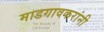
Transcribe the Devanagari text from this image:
माडगावकरांनी